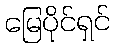
မြေပိုင်ရှင်